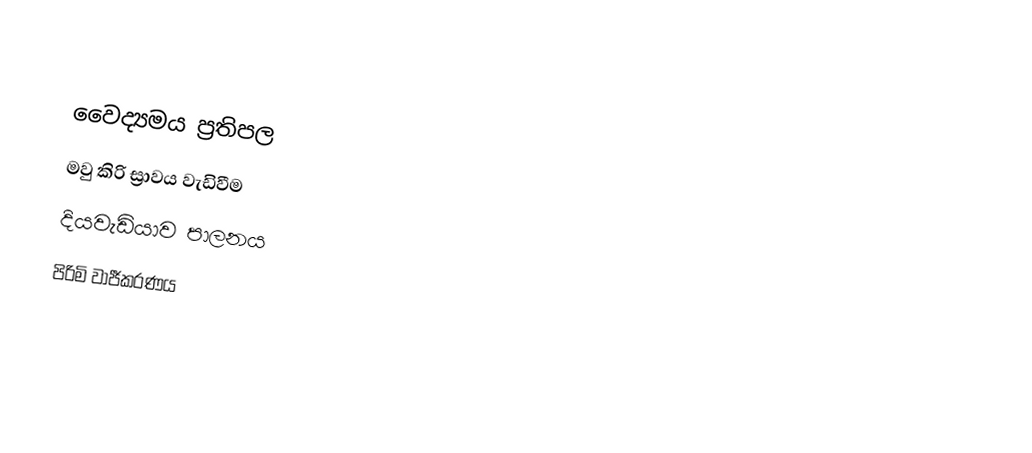

වෛද්‍යමය ප්‍රතිපල
 මවු කිරි ස්‍රාවය වැඩිවීම
 දියවැඩියාව පාලනය
 පිරිමි වාජීකරණය